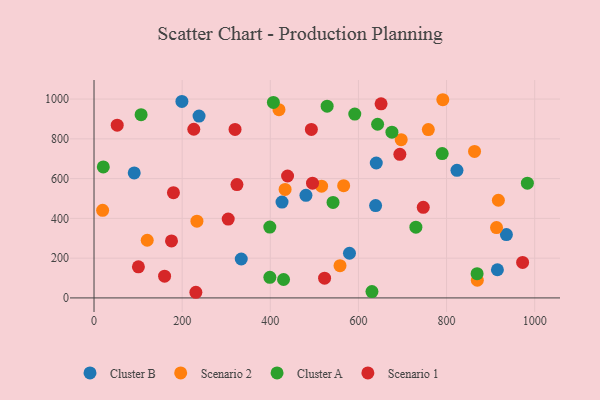
{"axis": {"x": "Speed", "y": "Fuel Efficiency"}, "legend": ["Cluster A", "Cluster B", "Scenario 1", "Scenario 2"], "data": [{"x": "640.5", "y": 678.5, "type": "Cluster B"}, {"x": "915.4", "y": 141.8, "type": "Cluster B"}, {"x": "426.6", "y": 481.8, "type": "Cluster B"}, {"x": "238.3", "y": 914.7, "type": "Cluster B"}, {"x": "579.7", "y": 224.7, "type": "Cluster B"}, {"x": "91.2", "y": 628.8, "type": "Cluster B"}, {"x": "480.9", "y": 516.0, "type": "Cluster B"}, {"x": "823.6", "y": 641.8, "type": "Cluster B"}, {"x": "639.0", "y": 464.3, "type": "Cluster B"}, {"x": "334.1", "y": 195.8, "type": "Cluster B"}, {"x": "199.4", "y": 988.4, "type": "Cluster B"}, {"x": "935.8", "y": 318.7, "type": "Cluster B"}, {"x": "558.2", "y": 162.0, "type": "Scenario 2"}, {"x": "233.5", "y": 386.1, "type": "Scenario 2"}, {"x": "917.6", "y": 491.2, "type": "Scenario 2"}, {"x": "758.6", "y": 846.8, "type": "Scenario 2"}, {"x": "433.6", "y": 545.6, "type": "Scenario 2"}, {"x": "566.5", "y": 564.6, "type": "Scenario 2"}, {"x": "863.5", "y": 736.8, "type": "Scenario 2"}, {"x": "419.7", "y": 947.0, "type": "Scenario 2"}, {"x": "869.8", "y": 88.8, "type": "Scenario 2"}, {"x": "791.5", "y": 996.8, "type": "Scenario 2"}, {"x": "516.4", "y": 562.0, "type": "Scenario 2"}, {"x": "19.5", "y": 440.4, "type": "Scenario 2"}, {"x": "913.4", "y": 354.0, "type": "Scenario 2"}, {"x": "120.7", "y": 290.1, "type": "Scenario 2"}, {"x": "697.1", "y": 795.9, "type": "Scenario 2"}, {"x": "542.4", "y": 480.2, "type": "Cluster A"}, {"x": "591.7", "y": 924.5, "type": "Cluster A"}, {"x": "630.7", "y": 31.8, "type": "Cluster A"}, {"x": "730.4", "y": 356.0, "type": "Cluster A"}, {"x": "407.0", "y": 983.3, "type": "Cluster A"}, {"x": "869.3", "y": 122.0, "type": "Cluster A"}, {"x": "21.0", "y": 658.8, "type": "Cluster A"}, {"x": "643.5", "y": 873.5, "type": "Cluster A"}, {"x": "676.0", "y": 833.4, "type": "Cluster A"}, {"x": "529.0", "y": 964.3, "type": "Cluster A"}, {"x": "399.0", "y": 103.5, "type": "Cluster A"}, {"x": "398.9", "y": 356.4, "type": "Cluster A"}, {"x": "790.1", "y": 725.9, "type": "Cluster A"}, {"x": "983.4", "y": 577.1, "type": "Cluster A"}, {"x": "430.1", "y": 92.6, "type": "Cluster A"}, {"x": "106.8", "y": 921.5, "type": "Cluster A"}, {"x": "231.1", "y": 28.4, "type": "Scenario 1"}, {"x": "320.0", "y": 847.3, "type": "Scenario 1"}, {"x": "324.3", "y": 570.3, "type": "Scenario 1"}, {"x": "226.4", "y": 848.2, "type": "Scenario 1"}, {"x": "747.1", "y": 455.5, "type": "Scenario 1"}, {"x": "651.4", "y": 976.4, "type": "Scenario 1"}, {"x": "523.2", "y": 99.4, "type": "Scenario 1"}, {"x": "972.6", "y": 178.4, "type": "Scenario 1"}, {"x": "100.7", "y": 156.6, "type": "Scenario 1"}, {"x": "180.2", "y": 529.5, "type": "Scenario 1"}, {"x": "175.8", "y": 286.6, "type": "Scenario 1"}, {"x": "694.0", "y": 722.0, "type": "Scenario 1"}, {"x": "439.2", "y": 613.3, "type": "Scenario 1"}, {"x": "52.6", "y": 868.8, "type": "Scenario 1"}, {"x": "493.2", "y": 847.4, "type": "Scenario 1"}, {"x": "495.8", "y": 577.3, "type": "Scenario 1"}, {"x": "304.5", "y": 396.7, "type": "Scenario 1"}, {"x": "160.1", "y": 109.3, "type": "Scenario 1"}]}